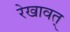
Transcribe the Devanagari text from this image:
रेखावत्‌